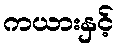
ကယားနှင့်